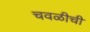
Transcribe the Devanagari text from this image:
चवळीची